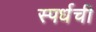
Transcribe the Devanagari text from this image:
स्पर्धची